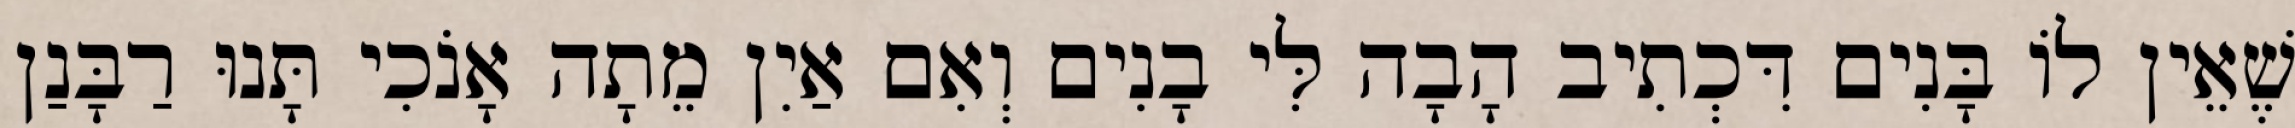
שֶׁאֵין לוֹ בָּנִים דִּכְתִיב הָבָה לִּי בָנִים וְאִם אַיִן מֵתָה אָנֹכִי תָּנוּ רַבָּנַן